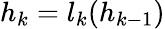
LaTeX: h_{k}=l_{k}(h_{k-1})